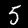
Digit: 5